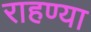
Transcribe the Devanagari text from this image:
राहण्या